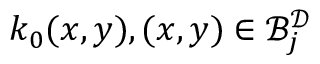
k _ { 0 } ( x , y ) , ( x , y ) \in \mathcal { B } _ { j } ^ { \mathcal { D } }